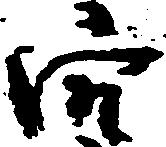
穴